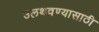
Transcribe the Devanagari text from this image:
उलथवण्यासाठी